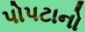
પોપટાનો